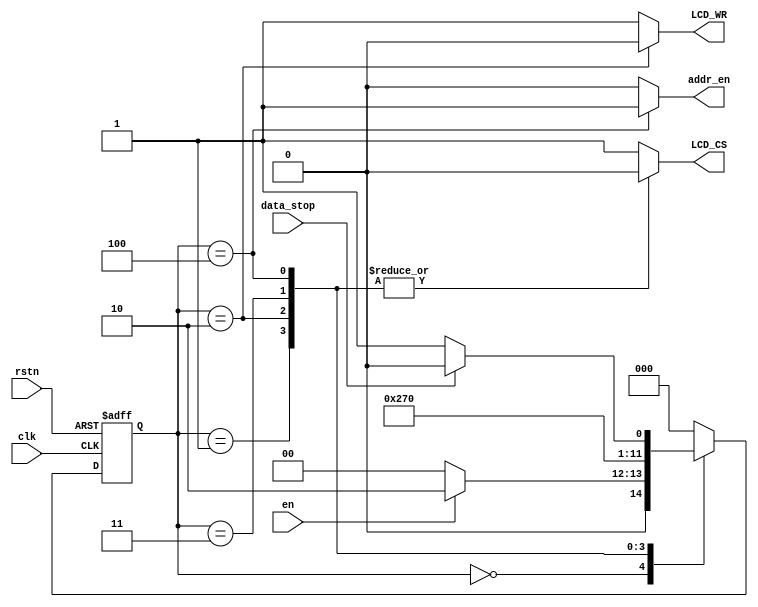
module WriteCtrl(input wire clk,rstn,en,
                 input wire data_stop,
                 output reg addr_en,LCD_CS,LCD_WR);

    parameter S0    = 3'b000;
    parameter Wait0 = 3'b001;
    parameter Pre   = 3'b010;
    parameter Wri   = 3'b011;
    parameter Wait1 = 3'b100;
    reg[2:0] curr_state,next_state;

    always @(posedge clk or negedge rstn) begin
        if(!rstn) curr_state <= S0;
        else curr_state <= next_state;
    end

    always @(*) begin
        case(curr_state)
            S0:begin
                if(en) next_state = Pre;
                else next_state = S0;
            end
            Wait0:begin
                next_state = Pre;
            end
            Pre:begin
                next_state = Wri;
            end
            Wri:begin
                next_state = Wait1;
            end
            Wait1:begin
                if(data_stop) next_state = S0;
                else next_state = Wait0;
            end
            default:begin
                next_state = S0;
            end
        endcase
    end

    always @(*) begin
        case(curr_state)
            S0:begin
                addr_en = 1'b0;
                LCD_CS  = 1'b1;
                LCD_WR  = 1'b1;
            end
            Wait0:begin
                addr_en = 1'b0;
                LCD_CS  = 1'b0;
                LCD_WR  = 1'b1;
            end
            Pre:begin
                addr_en = 1'b0;
                LCD_CS  = 1'b0;
                LCD_WR  = 1'b0;
            end
            Wri:begin
                addr_en = 1'b0;
                LCD_CS  = 1'b0;
                LCD_WR  = 1'b1;
            end
            Wait1:begin
                addr_en = 1'b1;
                LCD_CS  = 1'b0;
                LCD_WR  = 1'b1;
            end
            default:begin
                addr_en = 1'b0;
                LCD_CS  = 1'b1;
                LCD_WR  = 1'b1;
            end
        endcase
    end

endmodule